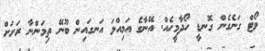
ވޯޓް ގަނެގެން ގޮނޑީ ހޯދާމީހެއް. އޭނާގެ އަމިއްލަ އަނގައިން ބޫނޭ ތިމަންނާ ރަށަށް